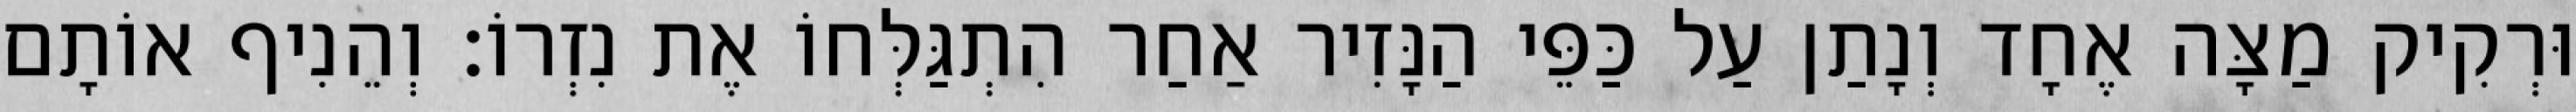
וּרְקִיק מַצָּה אֶחָד וְנָתַן עַל כַּפֵּי הַנָּזִיר אַחַר הִתְגַּלְּחוֹ אֶת נִזְרוֹ׃ וְהֵנִיף אוֹתָם